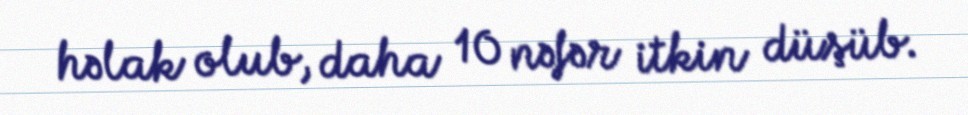
həlak olub, daha 10 nəfər itkin düşüb.